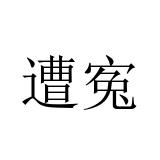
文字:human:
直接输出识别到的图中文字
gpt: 遭寃